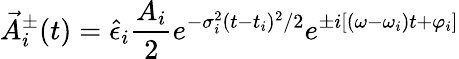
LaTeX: \vec{A}_{i}^{\pm}(t)=\hat{\epsilon}_{i}\frac{A_{i}}{2}e^{-\sigma_{i}^{2}(t-t_{i})^{2}/2}e^{\pm i\left[(\omega-\omega_{i})t+\varphi_{i}\right]}